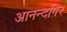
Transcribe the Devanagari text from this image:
आनन्दगिर